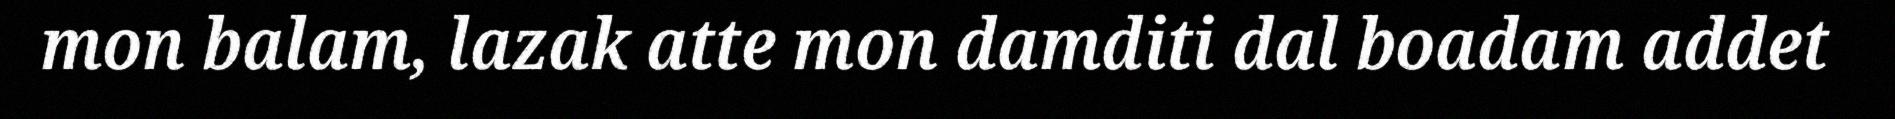
mon balam, lazak atte mon damditi dal boadam addet